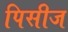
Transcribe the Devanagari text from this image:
पिसीज